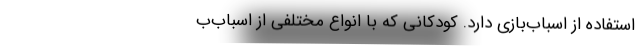
استفاده از اسباب‌بازی دارد. کودکانی که با انواع مختلفی از اسباب‌ب